Lunatic asylums Punjab 1895-1910 - 1895-1910
Year: 1895
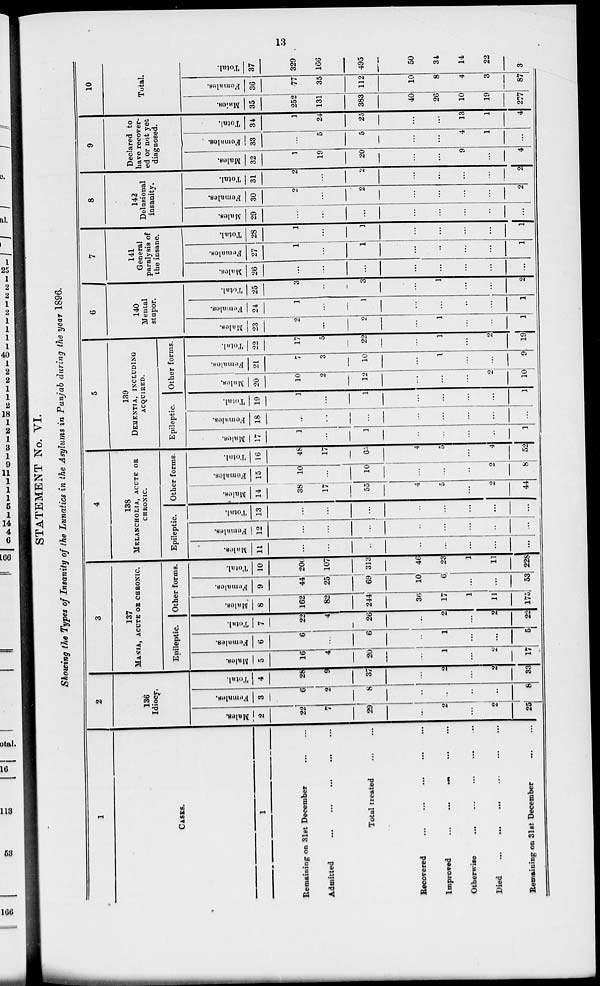
13
STATEMENT No. VI.
Showing the Types of Insanity of the Lunatics in the Asylums in Punjab during the year 1896.
1
CASES.
1
Remaining on 31st December ... ...
Admitted
...
...
...
...
...
Total treated
...
...
Recovered
...
...
...
...
...
Improved
...
...
...
...
...
Otherwise
...
...
...
...
...
Died
...
...
...
...
...
...
Remaining on 31st December ... ...
2
136
Idiocy.
Males.
2
22
7
29
...
2
...
...
25
Females.
3
6
2
8
...
...
...
...
8
Total.
4
28
9
37
...
2
...
2
33
3
137
MANIA, ACUTE OR CHRONIC.
Epileptic.
Males.
5
16
4
20
...
1
...
2
17
Females.
6
6
...
6
...
1
...
...
5
Total.
7
22
4
26
...
2
...
2
22
Other forms.
Males.
8
162
82
244
36
17
1
11
175
Females.
9
44
25
69
10
6
...
...
53
Total.
10
206
107
313
46
23
1
11
228
4
138
MELANCHOLIA, ACUTE OR
CHRONIC.
Epileptic.
Males.
11
...
...
...
...
...
...
...
...
Females.
12
...
...
...
...
...
...
...
...
Total.
13
...
...
...
...
...
...
...
...
Other forms.
Males.
14
38
17
55
4
5
...
2
44
Females.
15
10
...
10
...
...
...
2
8
Total.
16
48
17
65
4
5
...
4
52
5
139
DEMENTIA, INCLUDING
ACQUIRED.
Epileptic.
Males.
17
1
...
1
...
...
...
...
1
Females.
18
...
...
...
...
...
...
...
...
Total.
19
1
...
1
...
...
...
...
1
Other forms.
Males.
20
10
2
12
...
...
...
2
10
Females.
21
17
3
10
...
1
...
...
9
Total.
22
17
5
22
...
1
...
2
19
6
140
Mental
stupor.
Males.
23
2
...
2
...
1
...
...
1
Females.
24
1
...
1
...
...
..
...
1
Total.
25
3
..
3
...
1
...
...
2
7
141
General
paralysis of
the insane.
Males.
26
...
...
...
...
...
...
...
...
Females.
27
1
...
1
...
...
...
...
1
Total.
28
1
...
1
...
...
...
...
1
8
142
Delusional
insanity.
M ales.
29
...
...
...
...
...
...
...
...
Females.
30
2
...
2
...
...
...
...
2
Total.
31
2
...
2
...
...
...
...
2
9
Declared to
have recover-
ed or not yet
diagnosed.
Males.
32
1
19
20
...
...
9
...
4
Females.
33
...
5
5
...
...
4
1
...
Total.
34
1
24
25
...
...
13
1
4
10
Total.
Males.
35
252
131
383
40
26
10
19
277
Females.
36
77
35
112
10
8
4
3
87
Total.
37
329
166
495
50
34
14
22
364